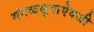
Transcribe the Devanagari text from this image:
मंगळसूत्राऐवजी